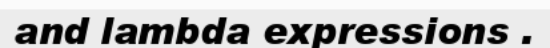
and lambda expressions .